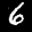
Label: 6